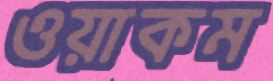
ওয়াকম